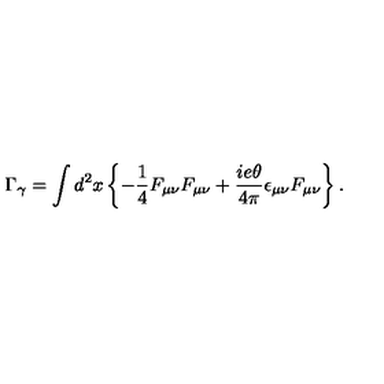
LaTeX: \Gamma _ { \gamma } = \int d ^ { 2 } x \left\{ - \frac { 1 } { 4 } F _ { \mu \nu } F _ { \mu \nu } + \frac { i e \theta } { 4 \pi } \epsilon _ { \mu \nu } F _ { \mu \nu } \right\} .